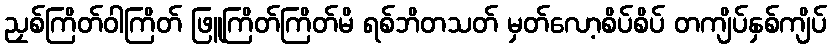
ညှစ်ကြိတ်ဝါကြိတ် ဖြူကြိတ်ကြိတ်မိ ရစ်ဘိတသတ် မှတ်လော့စိပ်စိပ် တကျိပ်နှစ်ကျိပ်